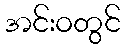
အင်းဝတွင်